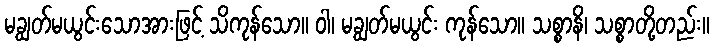
မချွတ်မယွင်းသောအားဖြင့် သိကုန်သော။ ဝါ၊ မချွတ်မယွင်း ကုန်သော။ သစ္စာနိ၊ သစ္စာတို့တည်း။